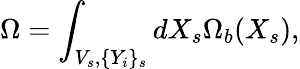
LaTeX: \Omega=\int_{V_{s},\{ Y_{i}\} _{s}}dX_{s}\Omega_{b}(X_{s}),